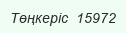
Төңкеріс  15972